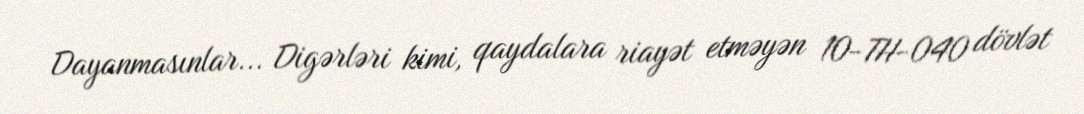
Dayanmasınlar... Digərləri kimi, qaydalara riayət etməyən 10-TH-040 dövlət